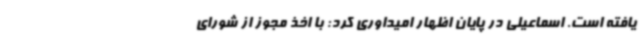
یافته است. اسماعیلی در پایان اظهار امیداوری کرد: با اخذ مجوز از شورای